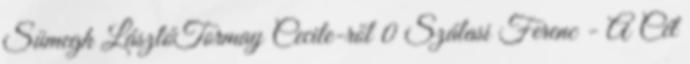
Sümegh LászlóTormay Cecile-ről 0 Szálasi Ferenc - A Cél